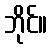
ဘိုင်။